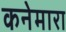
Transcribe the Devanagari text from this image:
कनेमारा